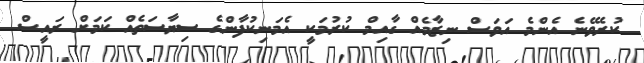
ކުރެވޭނެ އެންމެ އަވަސް ނިޒާމެއް ގާއިމް ކުރުމަކީ އެމަނިކުފާންގެ ސިޔާސަތެއް ކަމަށް ރައީސް